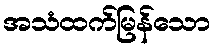
အသံထက်မြန်သော